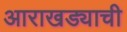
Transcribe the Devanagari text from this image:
आराखड्याची